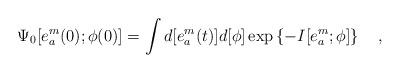
LaTeX: \begin{align*}\Psi_0 [e^{m}_a (0) ; \phi(0) ] = \int d [ e^m_a (t)]d[ \phi ] \exp \left \{ -I [e_a^m ; \phi ] \right \}\quad ,\end{align*}